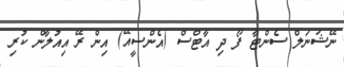
ނޭޝަނަލް ސެންޓާ ފޯ ދި އާޓްސް (އެންސީއޭ) އިން ރޭ އިއުލާން ކުރި